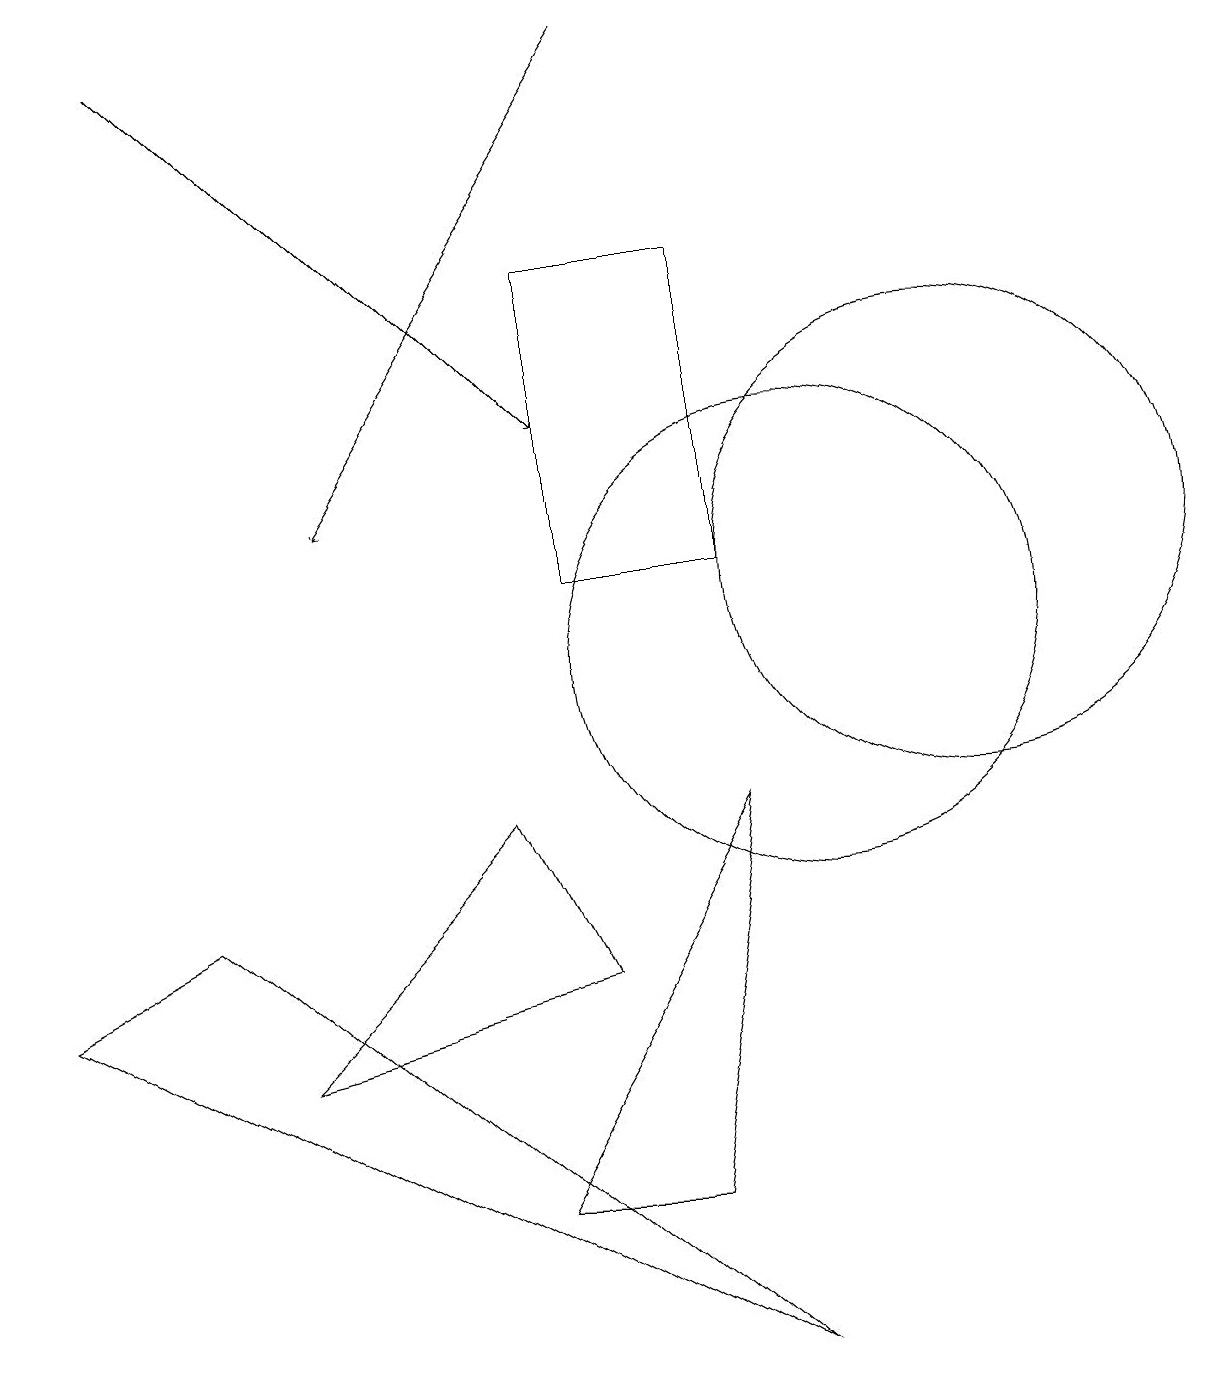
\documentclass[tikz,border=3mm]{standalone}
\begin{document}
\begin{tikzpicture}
\draw (10,10) circle (3);
\draw (3,5) -- (6,8) -- (7,6) -- cycle;
\draw[->] (2,18) -- (7,13);
\draw[->] (8,18) -- (4,12);
\draw (9,15) rectangle (7,11);
\draw (6,3) -- (9,8) -- (8,3) -- cycle;
\draw (12,11) circle (3);
\draw (0,6) -- (2,7) -- (9,1) -- cycle;
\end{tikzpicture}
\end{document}